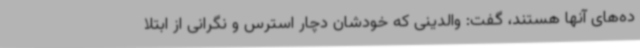
ده‌های آنها هستند، گفت: والدینی که خودشان دچار استرس و نگرانی از ابتلا